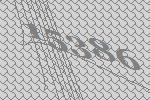
15386